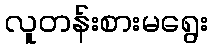
လူတန်းစားမရွေး